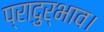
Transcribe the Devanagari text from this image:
प्रादुर्भाव।